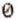
0